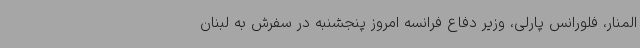
المنار، فلورانس پارلی، وزیر دفاع فرانسه امروز پنجشنبه در سفرش به لبنان